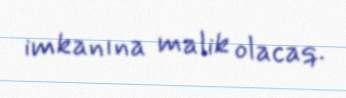
imkanına malik olacaq.